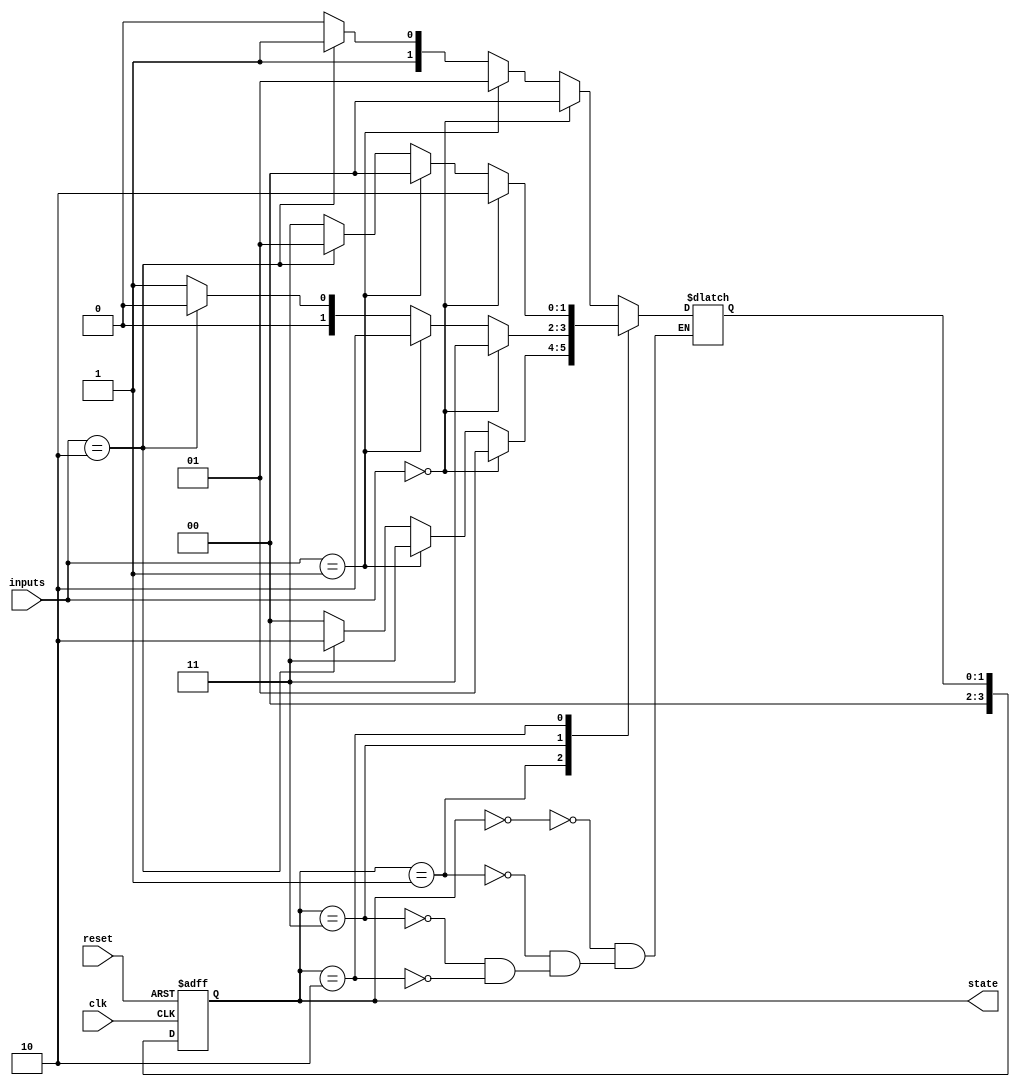
module gray_code_state_machine (
    input wire clk,
    input wire reset,
    input wire [num_inputs-1:0] inputs,
    output reg [num_states-1:0] state
);

// Parameters
parameter num_states = 4;
parameter num_inputs = 2;

// State encoding
parameter [1:0] State0 = 2'b00;
parameter [1:0] State1 = 2'b01;
parameter [1:0] State2 = 2'b11;
parameter [1:0] State3 = 2'b10;

// State register
always @(posedge clk or posedge reset) begin
    if (reset) begin
        state <= State0;
    end else begin
        state <= next_state;
    end
end

// Next state logic block
reg [1:0] next_state;

always @* begin
    case (state)
        State0: begin
            if (inputs == 2'b00) next_state = State0;
            else if (inputs == 2'b01) next_state = State1;
            else if (inputs == 2'b10) next_state = State2;
            else next_state = State3;
        end
        State1: begin
            if (inputs == 2'b00) next_state = State1;
            else if (inputs == 2'b01) next_state = State2;
            else if (inputs == 2'b10) next_state = State3;
            else next_state = State0;
        end
        State2: begin
            if (inputs == 2'b00) next_state = State2;
            else if (inputs == 2'b01) next_state = State3;
            else if (inputs == 2'b10) next_state = State0;
            else next_state = State1;
        end
        State3: begin
            if (inputs == 2'b00) next_state = State3;
            else if (inputs == 2'b01) next_state = State0;
            else if (inputs == 2'b10) next_state = State1;
            else next_state = State2;
        end
    endcase
end

endmodule